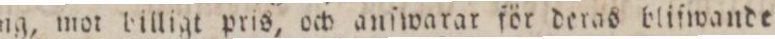
ring, mot billigt pris, ch anſwarar för deras bliſwande